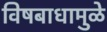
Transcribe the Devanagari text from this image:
विषबाधामुळे